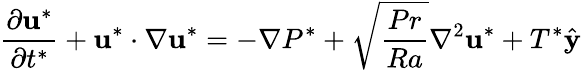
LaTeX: \frac{\partial\mathbf{u}^{*}}{\partial t^{*}}+\mathbf{u}^{*}\cdot\nabla\mathbf{u}^{*}=-\nabla P^{*}+\sqrt{\frac{Pr}{Ra}}\nabla^{2}\mathbf{u}^{*}+T^{*}\hat{\mathbf{y}}